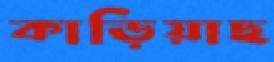
কাড়িয়াছ